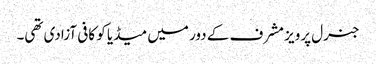
جنرل پرویز مشرف کے دور میں میڈیا کو کافی آزادی تھی۔